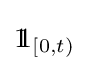
1\!\!1_{[0,t)}